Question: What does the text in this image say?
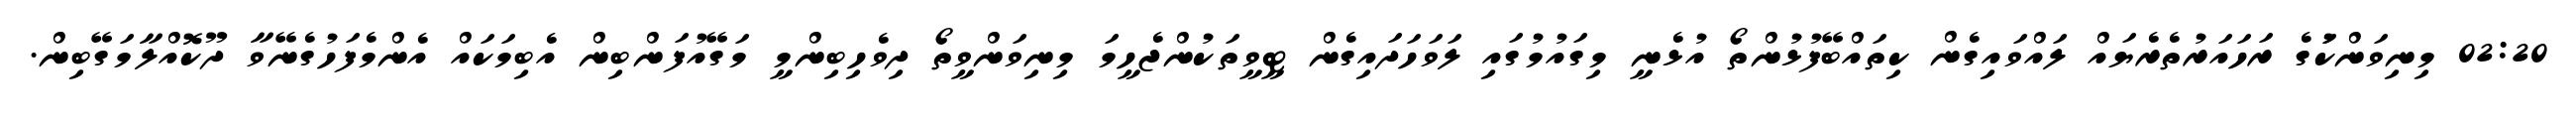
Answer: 02:20 މިނިވަންކަުގެ ރަހައަރުތެރެޔައް ލައްވައިގެން ކިތައްބޭފުޅުންތޯ އުޅެނީ މިގައުމުގައި ލަވަހަދައިގެން ޓީވީތަކުންޖެހީމަ މިނިވަންވީތޯ ދިވެހިބިންމީ މަގޭއުފަންބިން އެބިމަކައް އެންމެފަހުގެނޭވާ ދޫކޮއްލާމަގޭބިން.